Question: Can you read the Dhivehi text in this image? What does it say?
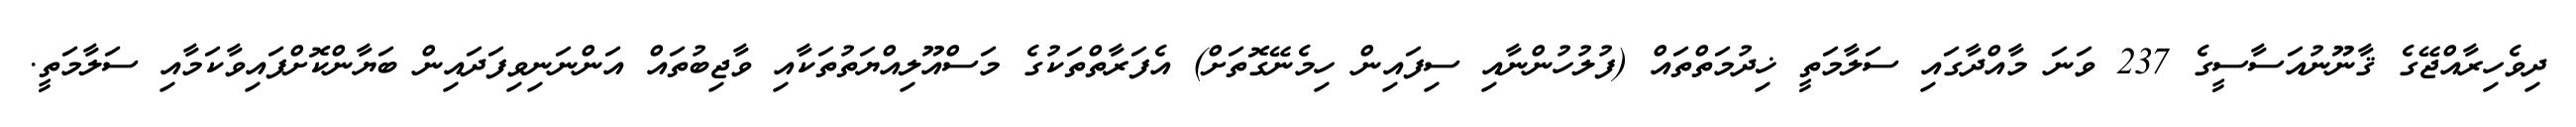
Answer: ދިވެހިރާއްޖޭގެ ޤާނޫނުއަސާސީގެ 237 ވަނަ މާއްދާގައި ސަލާމަތީ ޚިދުމަތްތައް (ފުލުހުންނާއި ސިފައިން ހިމެނޭގޮތަށް) އެފަރާތްތަކުގެ މަސްއޫލިއްޔަތުތަކާއި ވާޖިބުތައް އަންނަނިވިފަދައިން ބަޔާންކޮށްފައިވާކަމާއި ސަލާމަތީ.